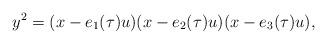
LaTeX: \begin{align*}y^2=(x-e_{1}(\tau)u)(x-e_{2}(\tau)u)(x-e_{3}(\tau)u),\end{align*}